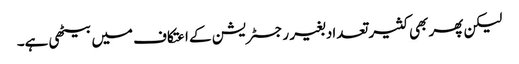
لیکن پھر بھی کثیر تعداد بغیر رجسٹریشن کے اعتکاف میں بیٹھی ہے۔